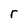
Character: r